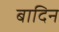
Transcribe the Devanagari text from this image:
बादिन